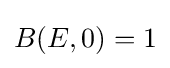
B(E,0)=1